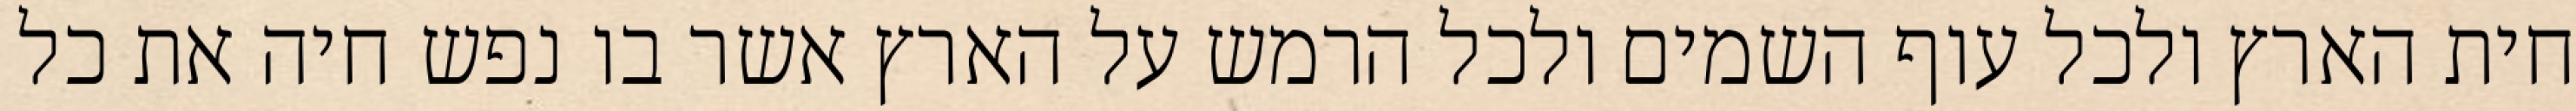
חית הארץ ולכל עוף השמים ולכל הרמש על הארץ אשר בו נפש חיה את כל